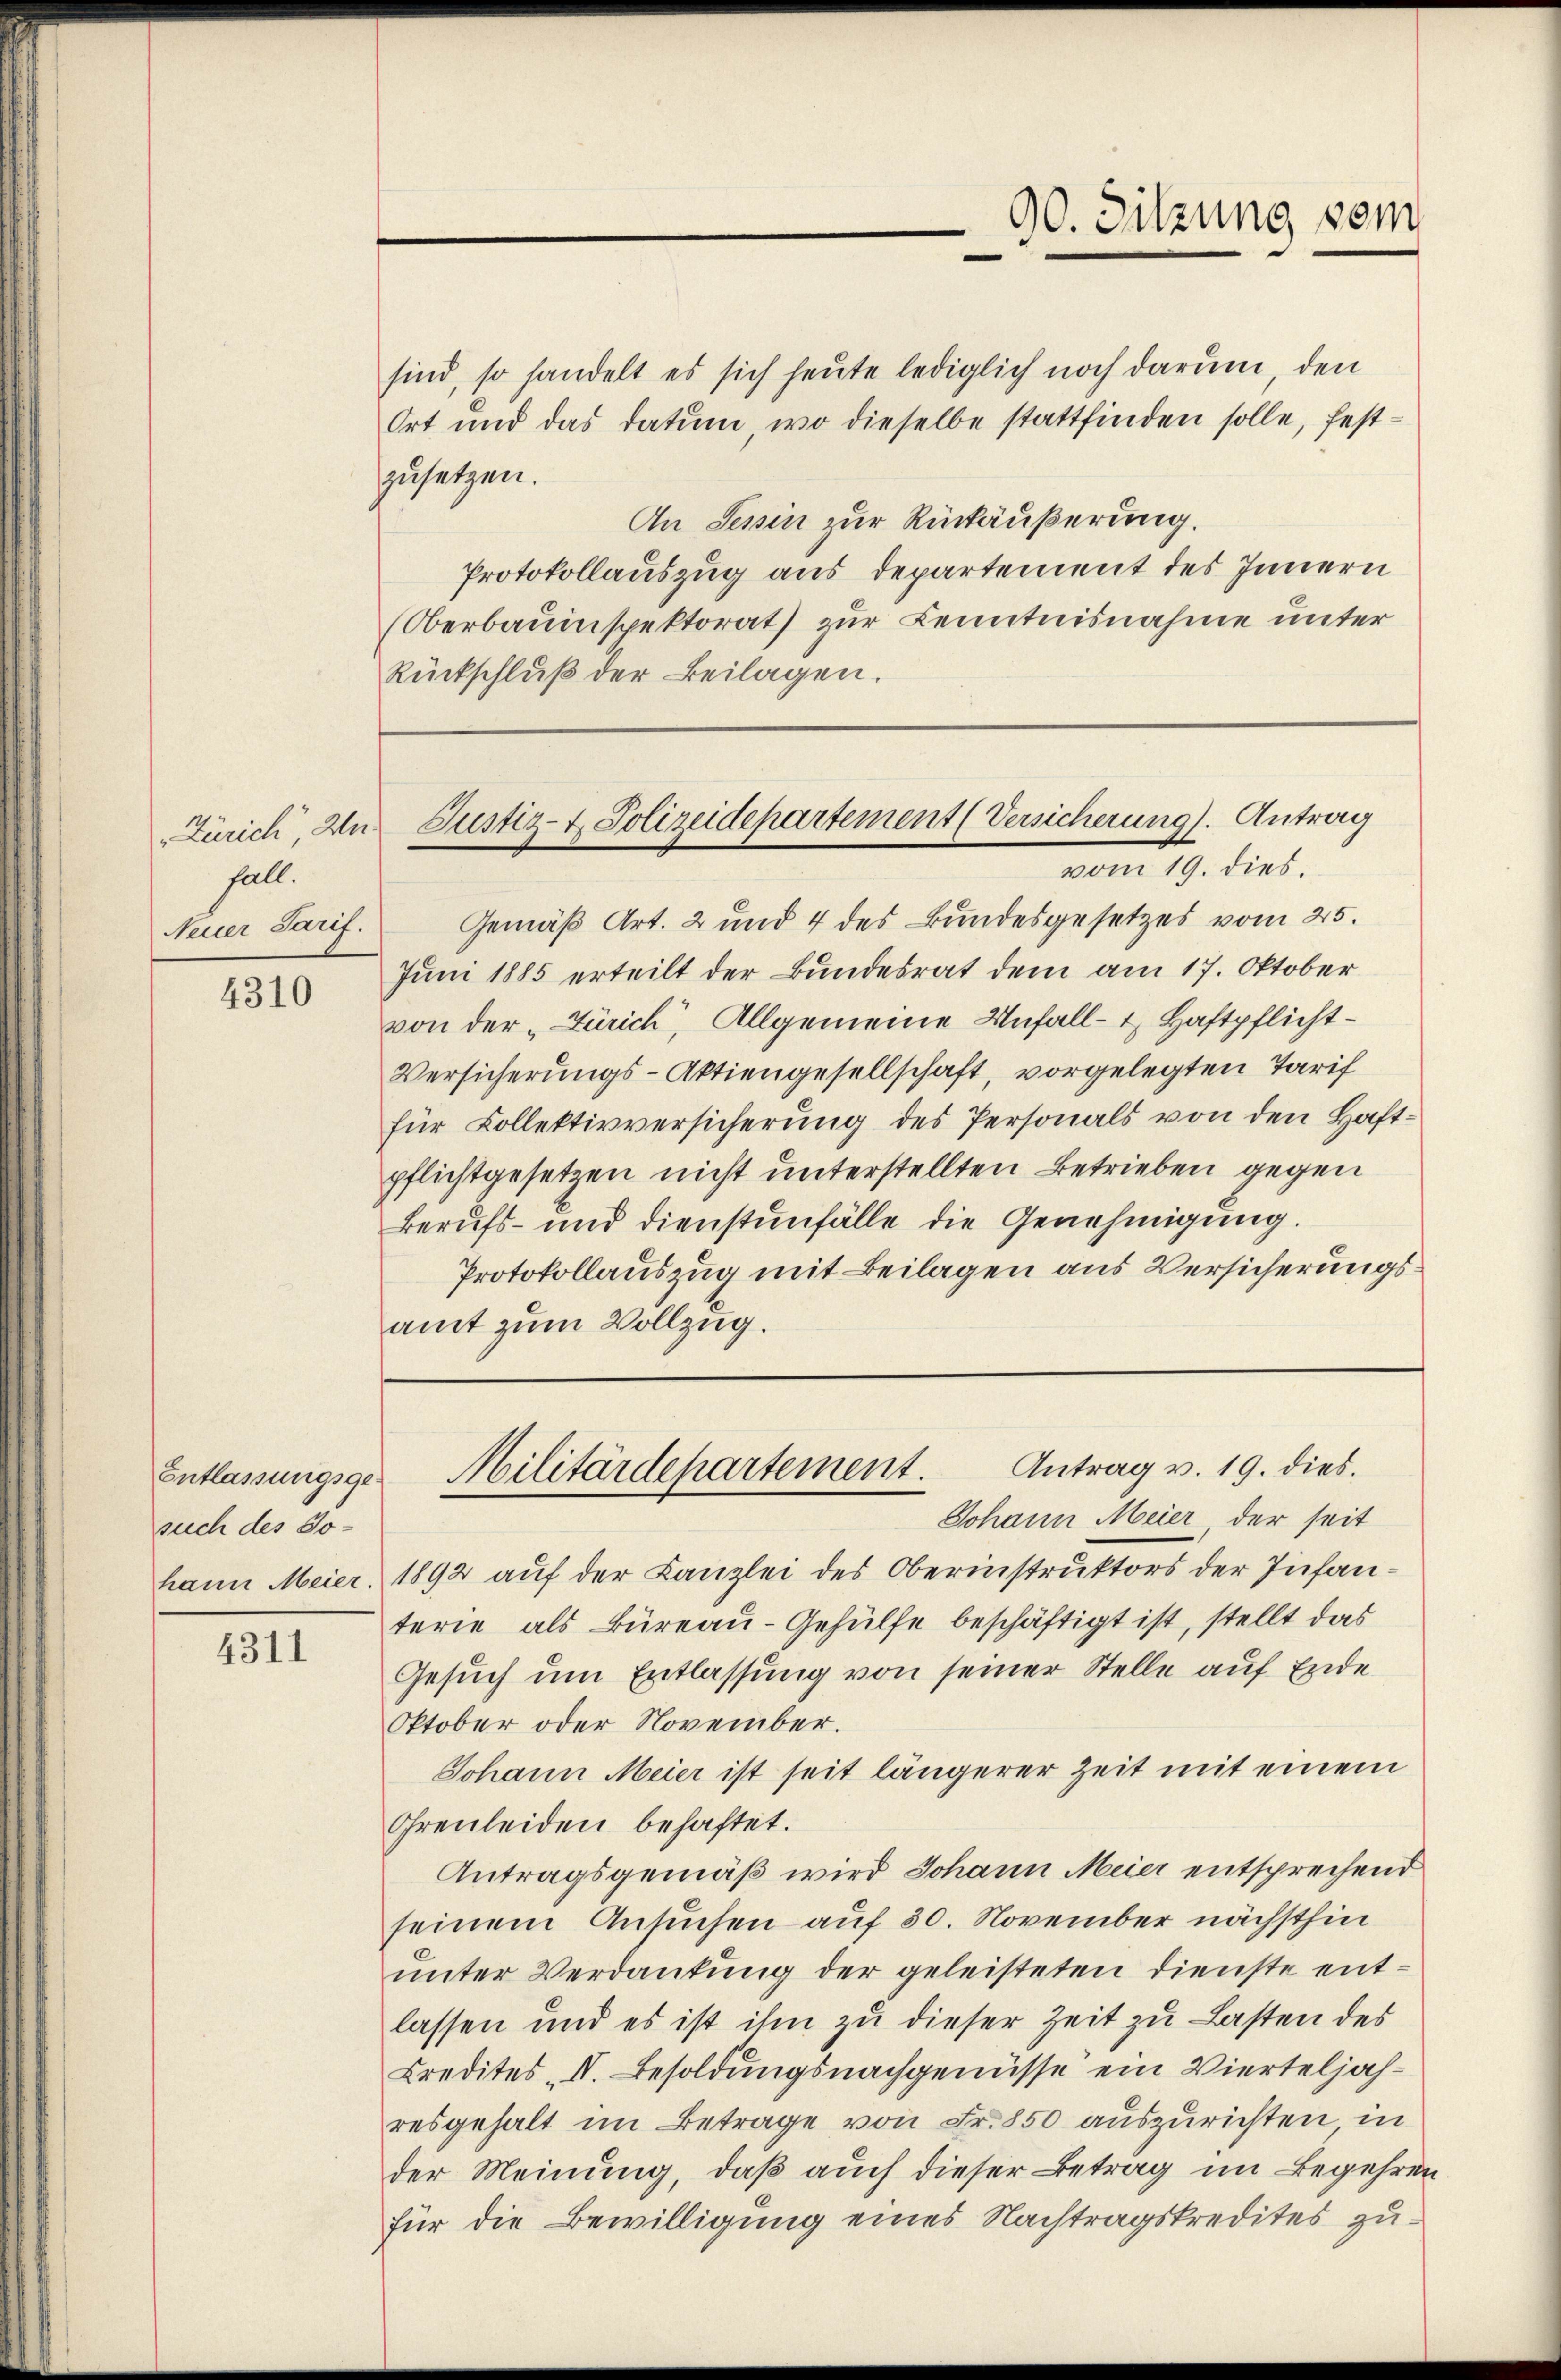
fall.
Neuer Tarif.

4310

sind, so handelt es sich heute lediglich noch darum, den
Ort und das datum, wo dieselbe stattfinden solle, festzusetzen.
An Semin zur Rückäußerung.
Protokollauszug aus Departement des Innern
Oberbauinspektorat) zur Kenntnisnahme unter
Rückschluß der Beilagen.

Entlassungsgesuch des Johann Meier.

4311

Gemäß Art. 2 und 4 des Bundesgesetzes vom 25.
Juni 1885 erteilt der Bundesrat dem am 17. Oktober
von der „Zürich, Allgemeine Unfall- u. Haftpflicht¬
Versicherungs-Aktiengesellschaft, vorgelegten Tarif
für Kollektivversicherung des Personals von den Haftpflichtgesetzen nicht unterstellten Betrieben gegen
Berufs- und dienstenfälle die Genehmigung.
Protokollauszug mit Beilagen aus Versicherungsamt zum Vollzug.

90. Sitzung vom

Zürich, In Justiz- & Polizeidepartement (Versicherung). Antrag
vom 19. dies.

1892 auf der Kanzlei des Oberinstruktors der Infanterie als Büreau-Gehülfe beschäftigt ist, stellt das
Gesuch um Entlassung von seiner Stelle auf Ende
Oktober oder November.
Johann Meier ist seit längerer Zeit mit einem
Irenleiden behaftet.
Antragsgemäß wird Johann Meier entsprechend
seinem Ansuchen auf 30. November nächsthin
unter Verdankung der geleisteten Dienste entlassen und es ist ihm zu dieser Zeit zu Lasten des
Kredites I. Besoldungsnachgenüsse ein Vierteljahresgehalt im Betrage von Fr. 850 auszurichten in
der Meinung, daß auch dieser Betrag im Begehren
für die Bewilligung eines Nachtragskredites zu¬

Antrag v. 19. dies.
Militärdepartement.
Johann Meier der seit